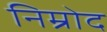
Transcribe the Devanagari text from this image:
निम्रोद